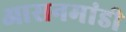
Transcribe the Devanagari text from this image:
आसनमांडी